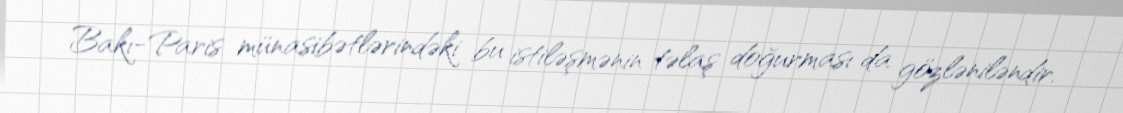
Bakı-Paris münasibətlərindəki bu istiləşmənin təlaş doğurması da gözləniləndir.